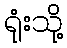
ရုံးသို့